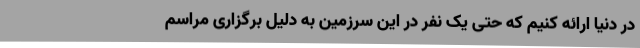
در دنیا ارائه کنیم که حتی یک نفر در این سرزمین به دلیل برگزاری مراسم